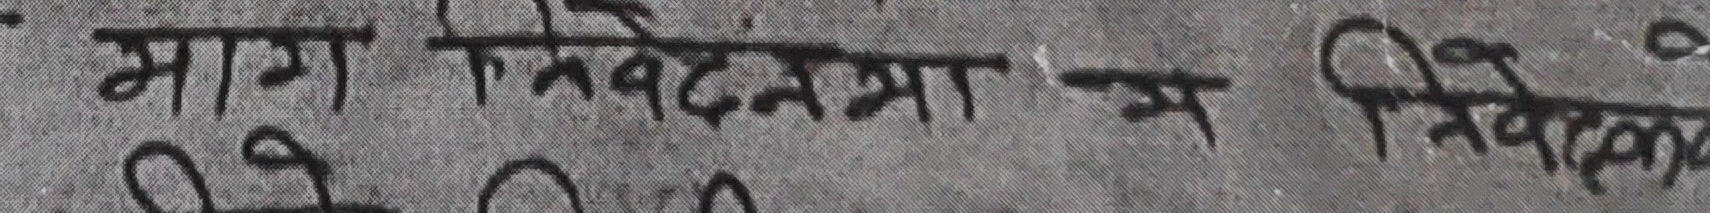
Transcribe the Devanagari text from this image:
माग निवेदनमा म निवेदक